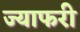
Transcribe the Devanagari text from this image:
ज्याफरी